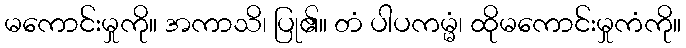
မကောင်းမှုကို။ အကာသိ၊ ပြု၏။ တံ ပါပကမ္မံ၊ ထိုမကောင်းမှုကံကို။